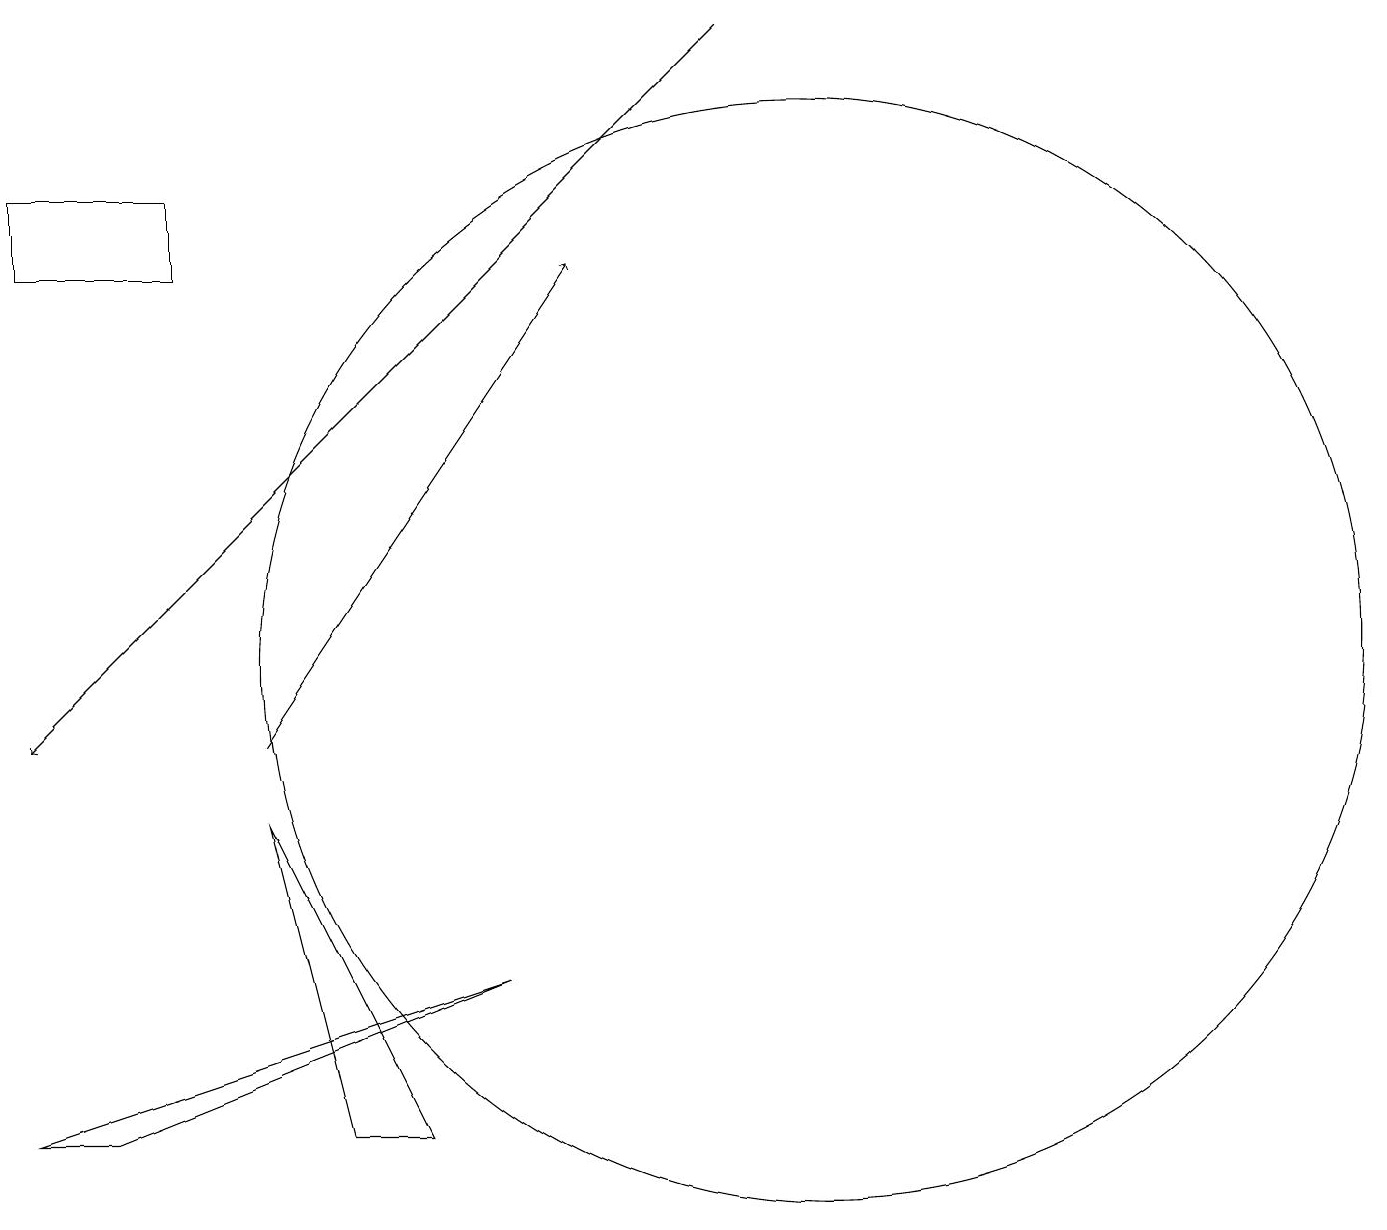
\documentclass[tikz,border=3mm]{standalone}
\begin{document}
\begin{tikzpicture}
\draw (3,9) -- (5,5) -- (4,5) -- cycle;
\draw[->] (9,19) -- (0,10);
\draw[->] (3,10) -- (7,16);
\draw (0,17) rectangle (2,16);
\draw (1,5) -- (6,7) -- (0,5) -- cycle;
\draw (10,11) circle (7);
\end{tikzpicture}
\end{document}